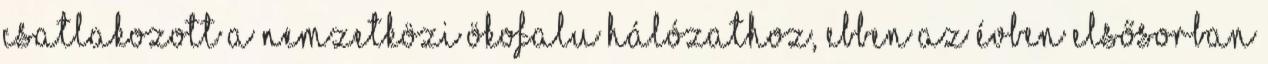
csatlakozott a Nemzetközi Ökofalu Hálózathoz, ebben az évben elsősorban